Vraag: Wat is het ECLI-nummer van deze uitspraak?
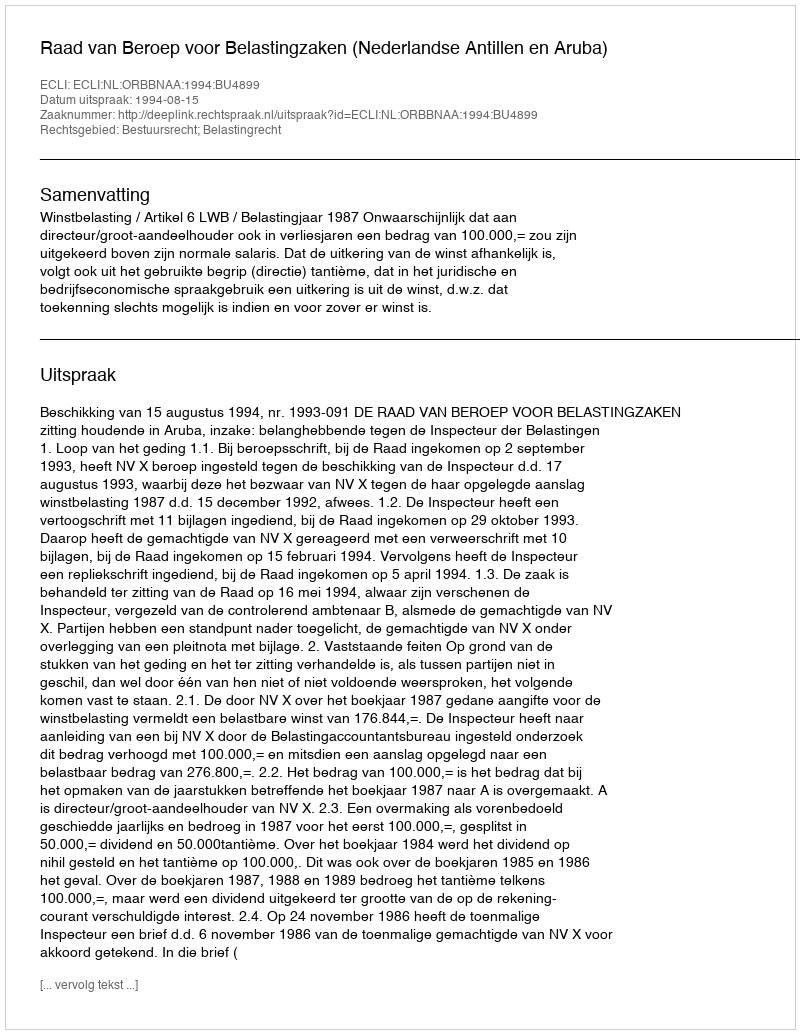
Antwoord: ECLI:NL:ORBBNAA:1994:BU4899